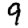
Digit: 9